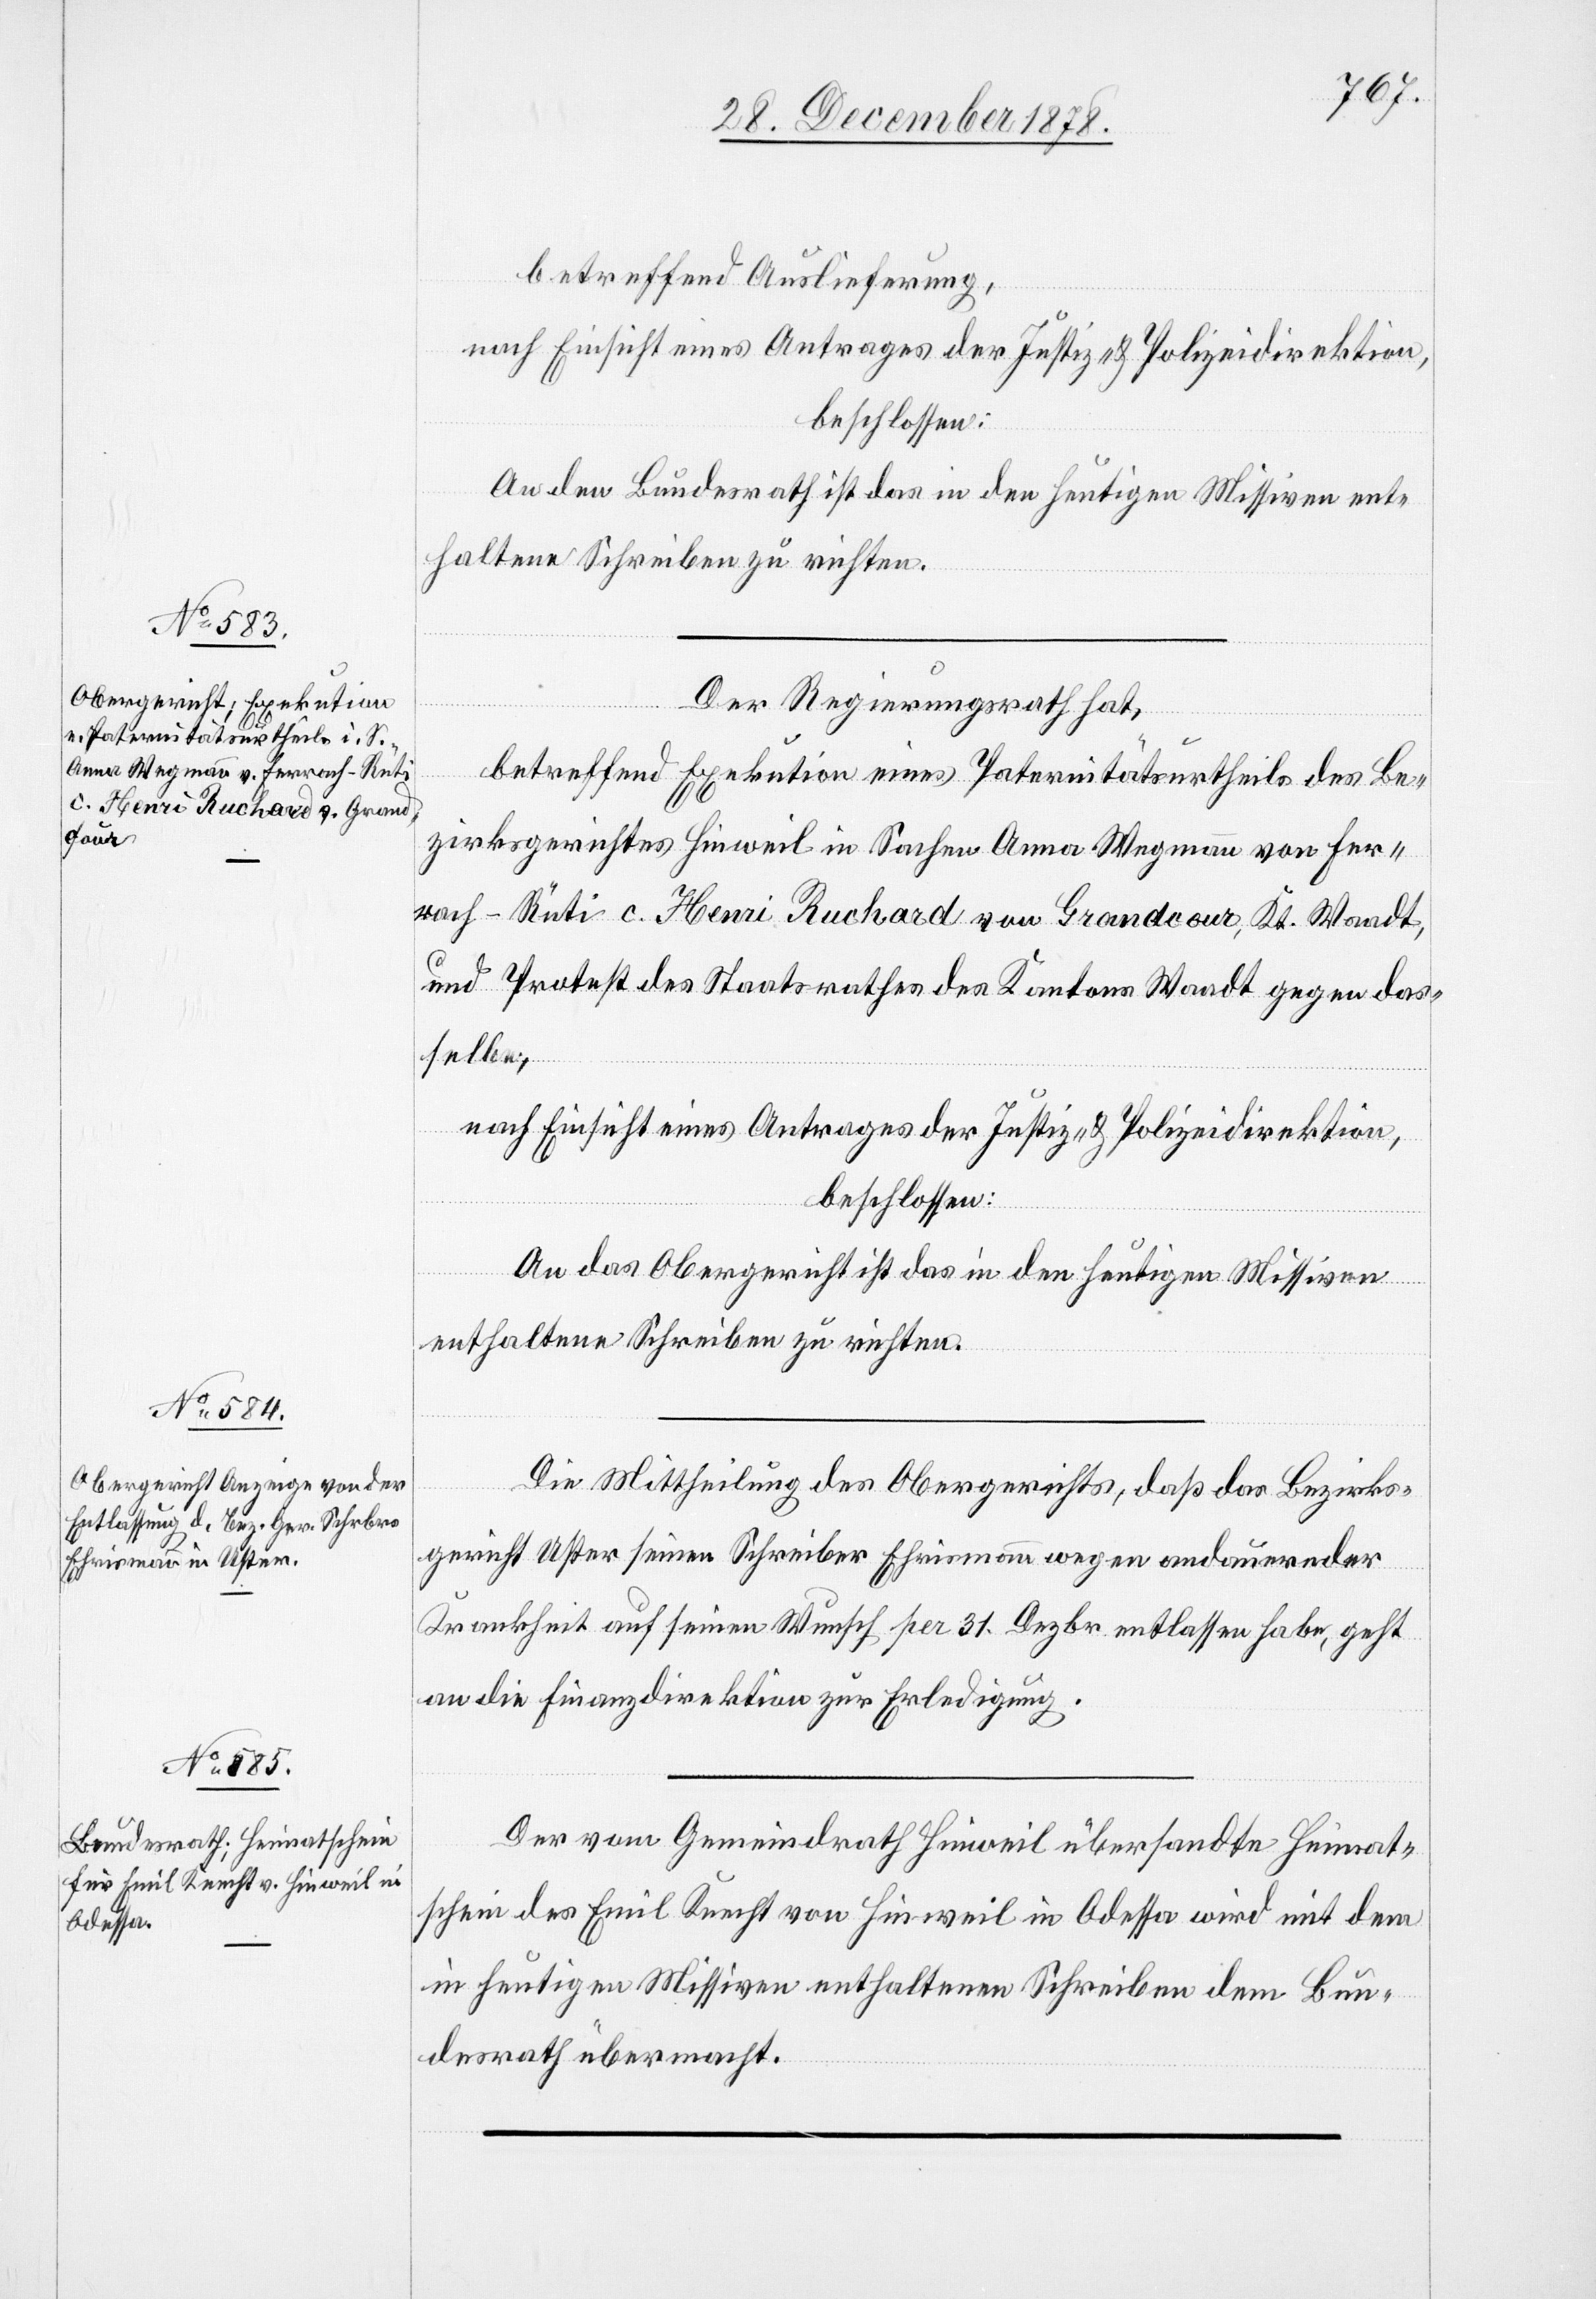
28. December 1878.]
betreffend Auslieferung,
nach Einsicht eines Antrages der Justiz- & Polizeidirektion,
beschlossen:
An den Bundesrath ist das in den heutigen Missiven ent¬
haltene Schreiben zu richten.
Der Regierungsrath hat,
betreffend Exekution eines Paternitätsurtheils des Be¬
zirksgerichtes Hinweil in Sachen Anna Wegmann von Fer¬
rach - Rüti c. Henri Ruchard von Grandcour, Kt. Waadt,
und Protest des Stadtrathes des Kantons Waadt gegen das¬
selbe,
nach Einsicht eines Antrages der Justiz- & Polizeidirektion,
beschlossen:
An das Obergericht ist das in den heutigen Missiven
enthaltene Schreiben zu richten.
Die Mittheilung des Obergerichts, daß das Bezirks¬
gericht Uster seinen Schreiber Ehrismann wegen andauernder
Krankheit auf seinen Wunsch per 31. Dezbr. entlassen habe, geht
an die Finanzdirektion zur Erledigung.
Der vom Gemeindrath Hinweil übersandte Heimat¬
schein des Emil Knecht von Hinweil in Odessa wird mit dem
in heutigen Missiven enthaltenen Schreiben dem Bun¬
desrath übermacht.